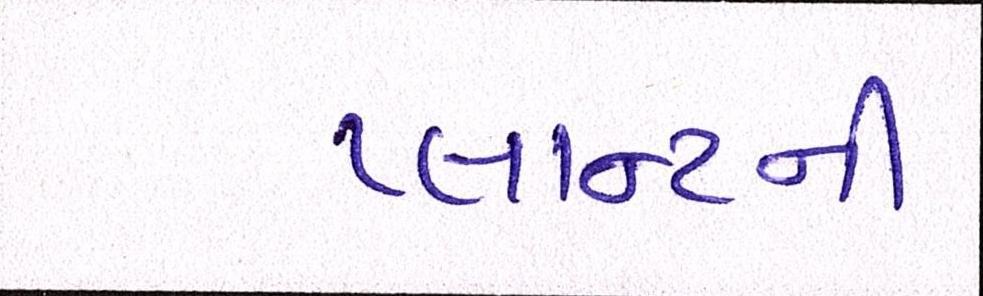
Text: પ્લાન્ટની